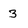
Character: 3